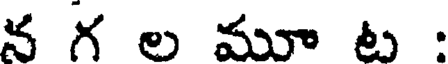
న గ ల మూ ట :